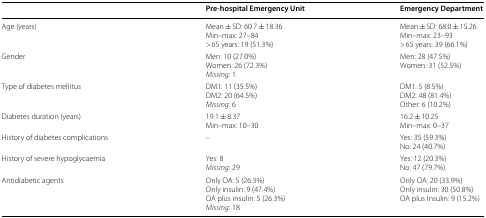
<table><thead><tr><td></td><td><b>Pre-hospital Emergency Unit</b></td><td><b>Emergency Department</b></td></tr></thead><tbody><tr><td>Age (years)</td><td>Mean ± SD: 60.7 ± 18.36Min–max: 27–84&gt; 65 years: 19 (51.3%)</td><td>Mean ± SD: 68.0 ± 15.26Min–max: 23–93&gt; 65 years: 39 (66.1%)</td></tr><tr><td>Gender</td><td>Men: 10 (27.0%)Women: 26 (72.3%)<i>Missing</i>: 1</td><td>Men: 28 (47.5%)Women: 31 (52.5%)</td></tr><tr><td>Type of diabetes mellitus</td><td>DM1: 11 (35.5%)DM2: 20 (64.5%)<i>Missing</i>: 6</td><td>DM1: 5 (8.5%)DM2: 48 (81.4%)Other: 6 (10.2%)</td></tr><tr><td>Diabetes duration (years)</td><td>19.1 ± 8.37Min–max: 10–30</td><td>16.2 ± 10.25Min–max: 0–37</td></tr><tr><td>History of diabetes complications</td><td>–</td><td>Yes: 35 (59.3%)No: 24 (40.7%)</td></tr><tr><td>History of severe hypoglycaemia</td><td>Yes: 8<i>Missing</i>: 29</td><td>Yes: 12 (20.3%)No: 47 (79.7%)</td></tr><tr><td>Antidiabetic agents</td><td>Only OA: 5 (26.3%)Only insulin: 9 (47.4%)OA plus insulin: 5 (26.3%)<i>Missing</i>: 18</td><td>Only OA: 20 (33.9%)Only insulin: 30 (50.8%)OA plus Insulin: 9 (15.2%)</td></tr></tbody></table>